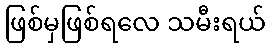
ဖြစ်မှဖြစ်ရလေ သမီးရယ်